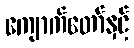
ကျောက်တော်နှင့်